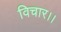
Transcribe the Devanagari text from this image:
विचार।।